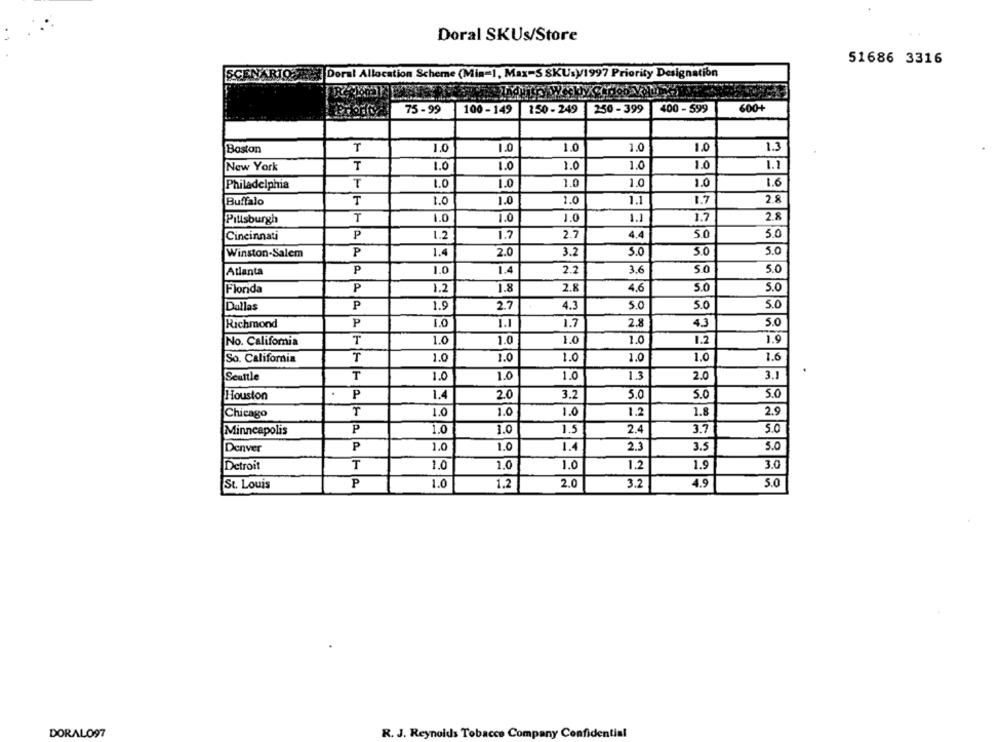
Doral SKUs/Store
51686 3316
SCE
RIO
Doral Allocation Scheme (Min-1, Max-S SKUs)1997 Priority Designation
75 -99
100-149 |150-249 250-399
400 - 599
600+
Boston
T
1.0
1.0
1.0
1.0
1.0
1.3
New York
T
1.0
1.0
1.0
1.0
1.0
1.1
Philadelphia
T
1.0
1.0
1.0
1.0
1.0
1.6
Buffalo
T
1.0
1.0
1.0
1.1
1.7
2.8
Pittsburgh
T
1.0
1.0
1.0
1.1
1.7
2.8
Cincinnati
P
1.2
1.7
2.7
4.4
5.0
5.0
P
1.4
2.0
3.2
S.O
5.0
5.0
Winston-Salem
5.0
Atlanta
P
1.0
1.4
2.2
36
50
Florida
P
1.2
1.8
2.8
4.6
5.0
5.0
P
27
5.0
5.0
5.0
Dallas
1.9
4.3
Richmond
P
1.0
1.1
1.7
2.8
4.3
5.0
No. California
T
1.0
1.0
1.0
1.0
1.2
1.9
T
1.0
1.0
1.0
1.6
So. California
1.0
1.0
Scuttle
T
1.0
1.0
1.0
13
2.0
3.1
P
5.0
5.0
Houston
1.4
2.0
3.2
5.0
Chicago
T
1.0
1.0
1.0
1.2
1.8
2.9
Minneapolis
P
1.0
1.0
1.5
2.4
3.7
5.0
1.0
1.0
1.4
2.3
5.0
Denver
P
3.5
Detroit
T
1.0
1.0
1.0
1.2
1.9
3.0
1.0
2.0
4.9
5.0
St. Louis
P
1.2
3.2
DORALO97
R. J. Reynolds Tobacco Company Confidential